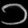
Digit: ၁